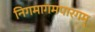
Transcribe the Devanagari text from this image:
निगमागमपारगम्